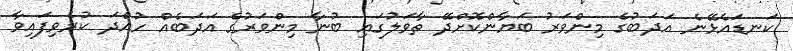
ކަނޑައެޅޭނެ އަދަބުގެ މިންވަރު ބަޔާންކޮށްދޭ ތާވަލުގައި ބުނާ މިންވަރުގެ އަދަބެއް ހުއްދަ ކުރެވިފައިވާ